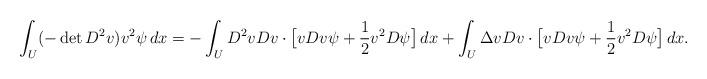
LaTeX: \begin{align*} \int_U(-\det D^2v) v^2\psi\,dx&=- \int_U D^2v Dv \cdot \big[vDv \psi +\frac12 v^2 D\psi\big]\,dx+ \int_U \Delta v Dv\cdot \big[vDv \psi+\frac12 v^2 D\psi\big]\,dx.\end{align*}